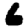
Digit: 6